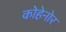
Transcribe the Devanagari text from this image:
कोहेनोर